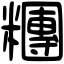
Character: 糰